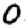
Digit: 0